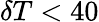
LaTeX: \delta T<40